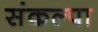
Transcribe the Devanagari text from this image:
संकल्पा